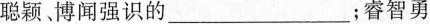
聪颖博闻强识的___；睿智勇